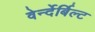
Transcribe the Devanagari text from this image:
वेर्न्देर्बिल्ट